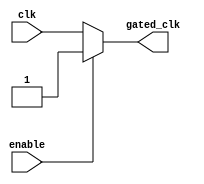
module clock_gating(
    input wire clk,          // Primary clock signal
    input wire enable,       // Enable signal
    output wire gated_clk    // Gated clock signal
);

// Internal signal to hold the gated clock
wire clk_or_enable;

// OR gate implementation to generate the gated clock
assign clk_or_enable = clk | enable;

// Gated clock will reflect the state of clk when enable is low
// and will be high when enable is high regardless of clk state
assign gated_clk = (enable) ? 1'b1 : clk;

endmodule